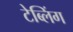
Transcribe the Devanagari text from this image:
टेब्लिंग